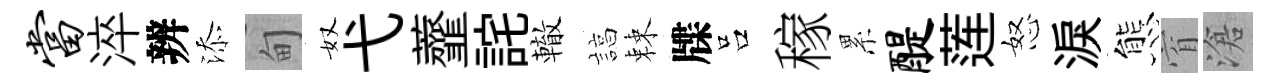
当淬辨添甸奴弋虀詫轍諄棘牒吕稼累醍莲怒淚態窅滄